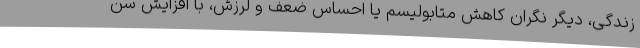
زندگی، دیگر نگران کاهش متابولیسم یا احساس ضعف و لرزش، با افزایش سن